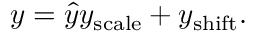
y = { \hat { y } } y _ { \mathrm { s c a l e } } + y _ { \mathrm { s h i f t } } .